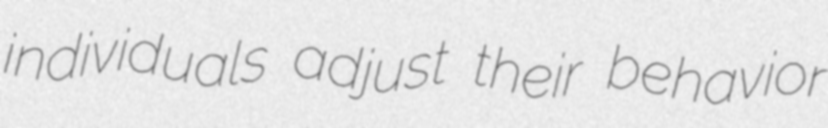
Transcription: individuals adjust their behavior